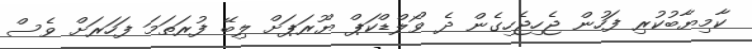
ކާމިޔާބުކުރި ފަހުން ޖެހިޖެހިގެން ދެ ވޯލްޑްކަޕް ޔޫރަޕަށް ލިބޭ ފުރަތަމަ ފަހަރަށް ވެސް